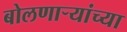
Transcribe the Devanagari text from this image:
बोलणाऱ्यांच्या